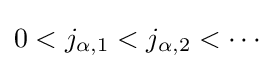
0<j_{\alpha ,1}<j_{\alpha ,2}<\cdots